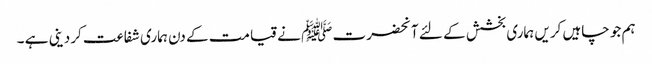
ہم جو چاہیں کریں ہماری بخشش کے لئے آنحضرت ﷺ نے قیامت کے دن ہماری شفاعت کردینی ہے ۔